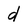
Character: d